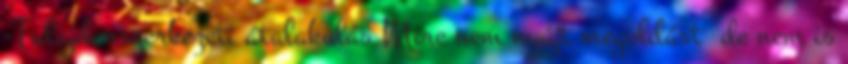
-Tulajdonszerkezeti átalakulás Mire nem nyújt megoldást de nem is